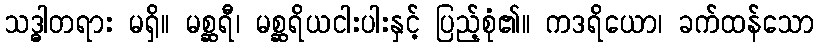
သဒ္ဓါတရား မရှိ။ မစ္ဆရီ၊ မစ္ဆရိယငါးပါးနှင့် ပြည့်စုံ၏။ ကဒရိယော၊ ခက်ထန်သော